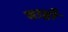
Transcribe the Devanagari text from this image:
वाहाँ